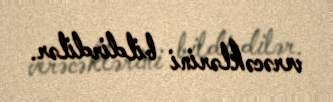
verəcəklərini bildirdilər.